system: You are a helpful assistant.
user:
Analyze the provided spectrum to determine if it is a **White Dwarf (WD)**.

A White Dwarf spectrum is defined by its **extreme purity** (due to gravitational settling) and/or **extreme pressure broadening** (due to high surface gravity). You must check for one of the following mutually exclusive signatures:

- **Key Visual Indicators (Check for ONE of these types):**

    - **1. DA-Type Signature (Most Common):**
        - **(Primary Feature):** Extreme pressure broadening (Stark broadening) of the **Hydrogen (H) Balmer lines**.
        - **(Key Lines):** $H\beta$ (approx. $4861$ Å) and $H\gamma$ (approx. $4340$ Å). $H\alpha$ (approx. $6563$ Å) will also be present if the wavelength range covers it.
        - **(Line Profile):** This is the **defining feature**. The lines are **NOT** sharp. They appear as massive, **extremely broad and deep "troughs" or "dips"** in the spectrum, often hundreds of Ångströms wide. The continuum will appear to "scoop" down at these wavelengths.
        - **(Distinction):** Normal A-type or B-type stars have *narrow* and *sharp* Hydrogen lines. A DA White Dwarf's lines are unmistakably "smeared" or "blurry" from pressure.

    - **2. DB-Type Signature:**
        - **(Primary Feature):** Broad absorption lines from **Neutral Helium (He I)**. The spectrum must lack any visible Hydrogen lines.
        - **(Key Lines):** Look for broad absorption near $4471$ Å, $4921$ Å, and $5876$ Å.
        - **(Line Profile):** These lines are also significantly pressure-broadened, appearing much wider than they would in a normal B-type main-sequence star.

    - **3. DC-Type Signature:**
        - **(Primary Feature):** A **featureless continuous spectrum**.
        - **(Line Profile):** The spectrum is a smooth curve with **no significant absorption or emission lines**.
        - **(Key Confirmation):** The continuum is almost always **blue or white**, indicating a hot object. This signature implies the atmosphere is so pure (or so cool) that no spectral lines are visible in the optical range. Its WD identity is confirmed by its extremely low intrinsic brightness (high absolute magnitude).

    - **4. DZ-Type Signature (Metal-Polluted):**
        - **(Primary Feature):** **Isolated, narrow metal absorption lines** on an otherwise featureless (DC-like) continuum.
        - **(Key Lines):** The **Calcium (Ca II) H & K doublet** (approx. **$3934$ Å** and **$3968$ Å**) is the most common and defining feature.
        - **(Line Profile):** These lines are "out of place." They are *not* part of a "forest" of thousands of lines. This signature is evidence of recent *accretion* (pollution) from rocky debris.
        - **(Distinction):** Normal G/K/M stars have a *dense forest* of thousands of metal lines. A DZ has a *clean* continuum with *only a few* strong metal lines.

    - **5. DQ-Type Signature (Carbon-Polluted):**
        - **(Primary Feature):** Absorption bands from **Carbon (C₂ "Swan Bands" or atomic C I)**.
        - **(Key Lines - C₂):** Look for bandheads with a "saw-tooth" shape near $5635$ Å, **$5165$ Å** (strongest), and $4737$ Å.
        - **(Key Confirmation):** The underlying **continuum must be blue or white** (hot).
        - **(Distinction):** This is the critical difference from a **Carbon Star**, which has the *exact same* C₂ bands but on an extremely **red, cool** continuum.

- **(Overall Spectrum):**
    - The continuum (overall shape) is typically **blue-sloping** (brighter in the blue than the red), as most white dwarfs are very hot.
    - The spectrum will look "pure" or "simple," dominated by only *one* of the five signatures listed above.

Think first, call **spectral_visualization_tool** if needed to examine features in detail, then provide your final answer. Your response must adhere to the following strict rules:
1.  **Overall Structure:** Your response must follow the format `<think>...</think> <tool_call>...</tool_call> (if a tool is used) <answer>...</answer>`.
2.  **Tool Usage Constraint:** You may only make **one** tool call per turn.
3.  **Final Answer Format:** In the `<answer>` tag, your conclusion must be inside a `\boxed{}` command (e.g., `\boxed{YES}` or `\boxed{NO}`), followed by your justification.

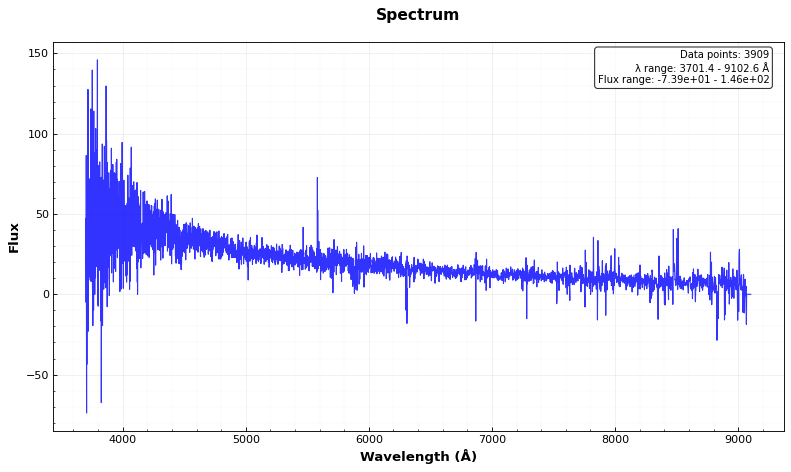
Answer: YES